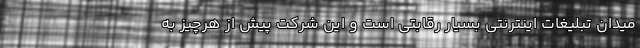
میدان تبلیغات اینترنتی بسیار رقابتی است و این شرکت پیش از هرچیز به